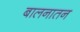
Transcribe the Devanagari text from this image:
बालनातन